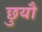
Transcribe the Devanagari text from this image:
छुयौ